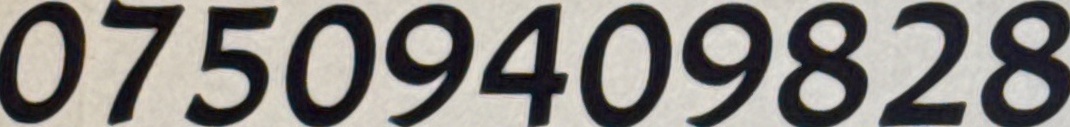
07509409828